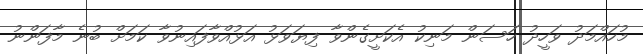
މުހައްމަދު ވަހީދު ހަސަން މަނިކު އެކަށީގެންވާ ފިޔަވަޅު އަޅުއްވާފައިނުވާ ކަމަށް ބުނެ މާފަންނު